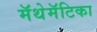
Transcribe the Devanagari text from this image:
मॅथेमॅटिका